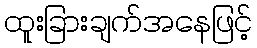
ထူးခြားချက်အနေဖြင့်